Civil Veterinary Dept. Bombay admin report 1900-1906 - 1900-1906
Year: 1900
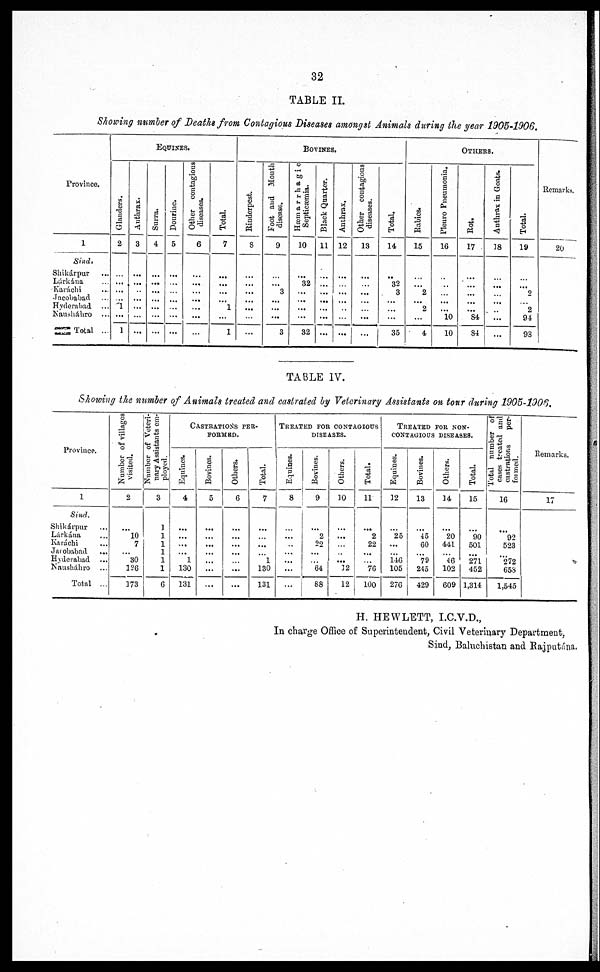
32
TABLE II.
Showing number of Deaths from Contagious Diseases amongst Animals during the year 1905-1906.
Province.
1
Sind.
Shikárpur ...
Lárkána ...
Karachi ...
Jacobabad
Hyderabad ...
Nausháhro ...
Total ...
EQUINES.
Glanders.
2
...
...
...
...
1
...
1
Anthrax.
3
...
...
...
...
...
...
...
Surra.
4
...
...
...
...
...
...
...
Dourine.
5
...
...
...
...
...
...
...
Other contagious
diseases.
6
...
...
...
...
...
...
...
Total.
7
...
...
...
...
1
...
1
BOVINES.
Rinderpest.
8
...
...
...
...
...
...
...
Foot and Mouth
disease.
9
...
...
3
...
...
...
3
Hæmarrhagic
Septicæmia.
10
...
32
...
...
...
...
32
Black Quarter.
11
...
...
...
...
...
...
...
Anthrax.
12
...
...
...
...
...
...
...
Other contagious
diseases.
13
...
...
...
...
...
...
...
Total.
14
...
32
3
...
...
...
35
OTHERS.
Rabies.
15
...
...
2
...
2
...
4
Pleuro Pneumonia.
16
...
...
...
...
...
10
10
Rot.
17
...
...
...
...
...
84
84
Anthrax in Goats.
18
...
...
...
...
...
...
...
Total.
19
...
...
2
...
2
94
93
Remarks,
20
TABLE IV.
Showing the number of Animals treated and castrated by Veterinary Assistants on tour during 1905-1906.
Province.
1
Sind.
Shikárpur ...
Lárkána ...
Karachi ...
Jacobabad ...
Hyderabad ...
Nausháhro ...
Total ...
Number of villages
visited.
2
...
10
7
...
30
126
173
Number of Veteri-
nary Assistants em-
ployed.
3
1
1
1
1
1
1
6
CASTRATION'S PER-
FORMED.
Equines.
4
...
...
...
... 1
130
131
Bovines.
5
...
...
...
...
...
...
...
Others.
6
...
...
...
...
...
...
...
Total.
7
...
...
...
... 1
130
131
TREATED FOR CONTAGIOUS
DISEASES.
Equines.
8
...
...
...
... ...
...
...
Bovines.
9
...
2
22
...
...
64
88
Others.
10
...
...
...
...
...
12
12
Total.
11
...
2
22
...
...
76
100
TREATED FOR NON¬
CONTAGIOUS
DISEASES.
Equines.
]2
...
25
...
... 146
105
276
Bovines.
13
...
45
60
...
79
245
429
Others.
14
...
20
441
...
46
102
609
Total.
15
...
90
501
...
271
452
1,314
Total number of
cases treated and
castrations
per-
formed.
16
...
92
523
...
272
653
1,545
Remarks.
17
H. HEWLETT, I. C.V.D.,
In charge Office of Superintendent, Civil Veterinary Department,
Sind, Baluchistan and Rajputána.